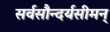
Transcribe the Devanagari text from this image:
सर्वसौन्दर्यसीमन्